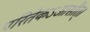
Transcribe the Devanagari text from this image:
परितेकऽआसीत्।